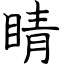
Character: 睛